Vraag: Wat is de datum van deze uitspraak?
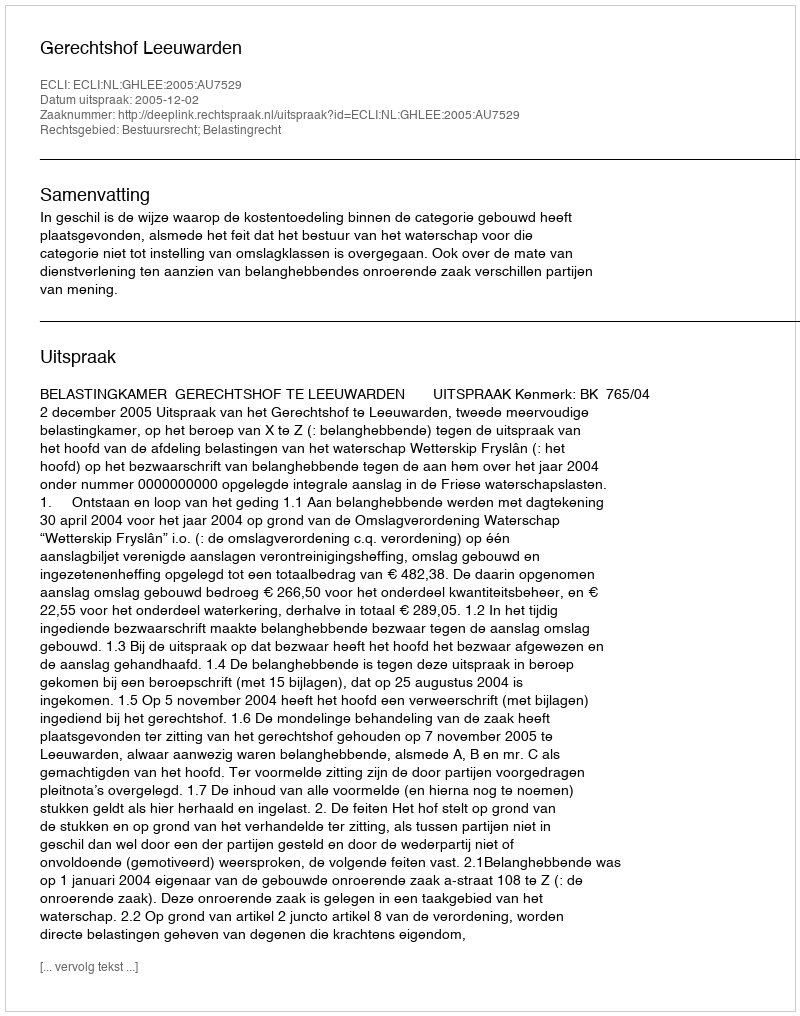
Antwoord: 2005-12-02